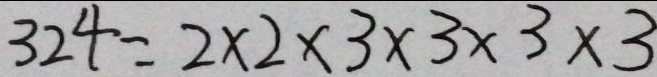
3 2 4 = 2 \times 2 \times 3 \times 3 \times 3 \times 3